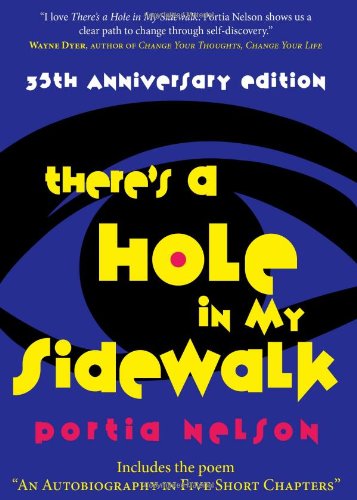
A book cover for There's a Hole in My Sidewalk: The Romance of Self-Discovery; Portia Nelson; Health, Fitness & Dieting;